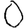
Digit: 0